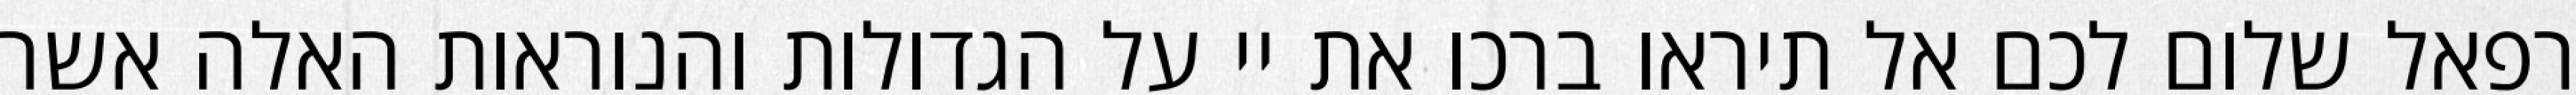
רפאל שלום לכם אל תיראו ברכו את יי על הגדולות והנוראות האלה אשר